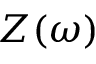
Z ( \omega )